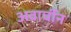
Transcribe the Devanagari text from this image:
अवार्चीन